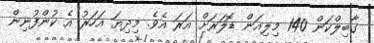
ގާބިލްކަން 140 މިލިއަން ޑޮލަރަށް އަރަ އެވެ. މިދިޔަ އަހަރު އެ ކުންފުނިން